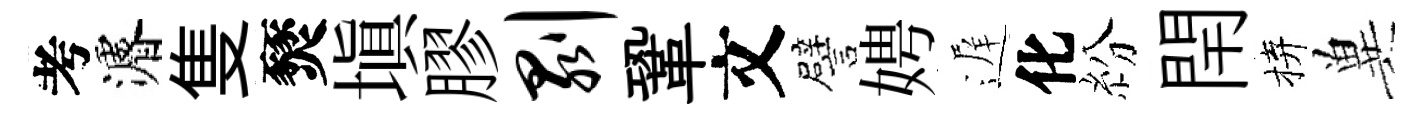
考濬隻燹塡膠剥鞏文譬娉遅化紛閈拚兾